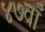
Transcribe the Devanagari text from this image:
४७वाँ